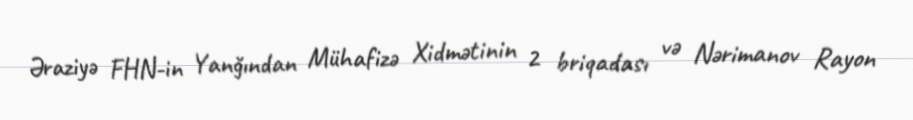
Əraziyə FHN-in Yanğından Mühafizə Xidmətinin 2 briqadası və Nərimanov Rayon